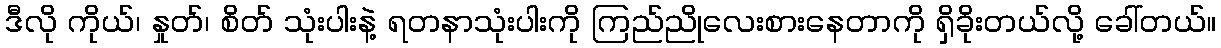
ဒီလို ကိုယ်၊ နှုတ်၊ စိတ် သုံးပါးနဲ့ ရတနာသုံးပါးကို ကြည်ညိုလေးစားနေတာကို ရှိခိုးတယ်လို့ ခေါ်တယ်။